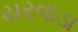
યરવાડા